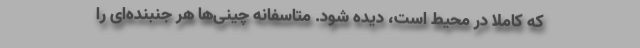
که کاملا در محیط است، دیده شود. متاسفانه چینی‌ها هر جنبنده‌ای را